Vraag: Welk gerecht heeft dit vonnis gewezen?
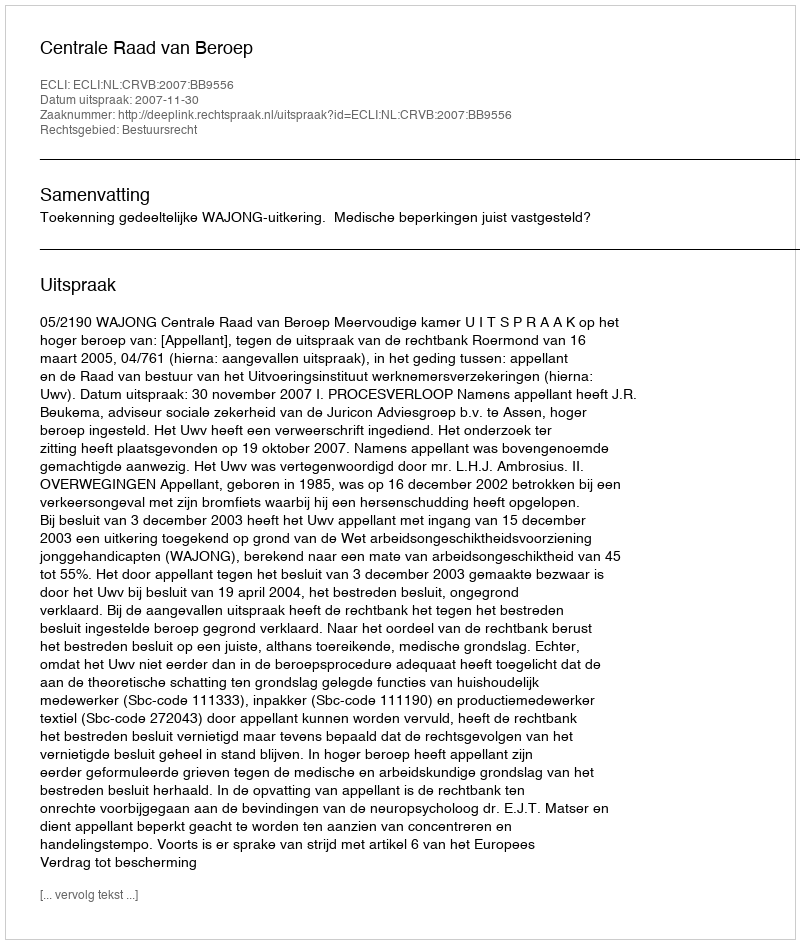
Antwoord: Centrale Raad van Beroep